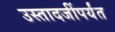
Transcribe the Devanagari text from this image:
उस्तादजींपर्यंत